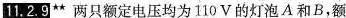
11.2.9**两只额定电压均为110V的灯泡A和B，额